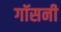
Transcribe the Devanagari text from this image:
गॉसनी